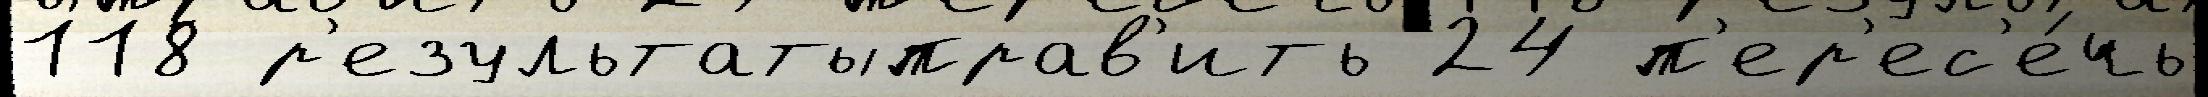
118 р'езультатыправ'ить 24 п'ер'ес'е́чь